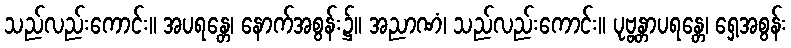
သည်လည်းကောင်း။ အပရန္တေ၊ နောက်အစွန်း၌။ အညာဏံ၊ သည်လည်းကောင်း။ ပုဗ္ဗန္တာပရန္တေ၊ ရှေ့အစွန်း